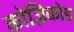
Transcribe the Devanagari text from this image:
कोज़िकोड